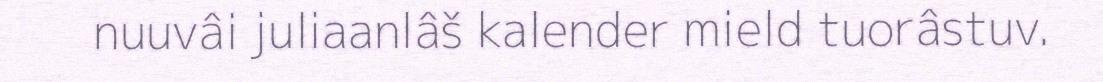
nuuvâi juliaanlâš kalender mield tuorâstuv.